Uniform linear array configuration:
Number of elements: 24
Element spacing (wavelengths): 0.5
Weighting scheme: hamming
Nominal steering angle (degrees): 60
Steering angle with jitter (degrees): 59.491
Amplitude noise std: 0.05
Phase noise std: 0.05

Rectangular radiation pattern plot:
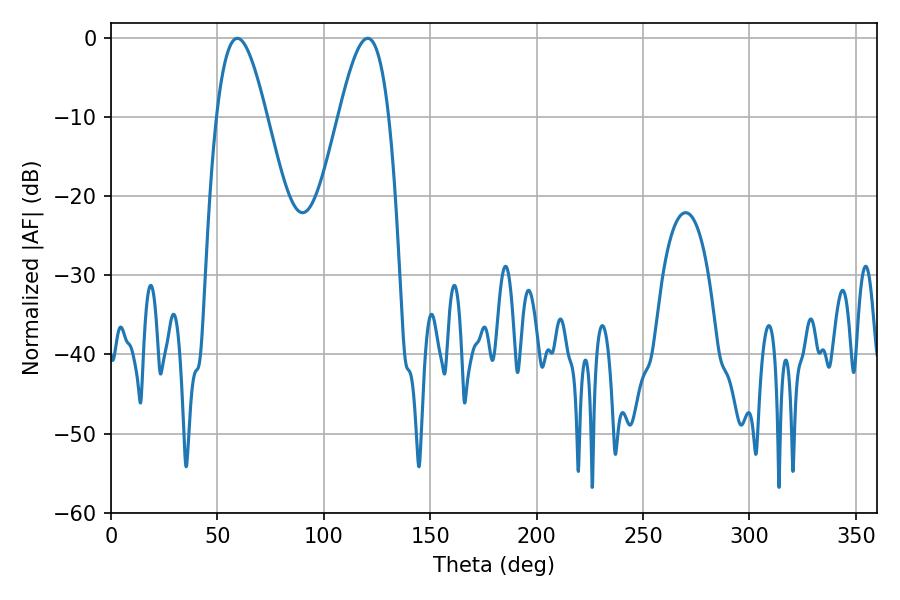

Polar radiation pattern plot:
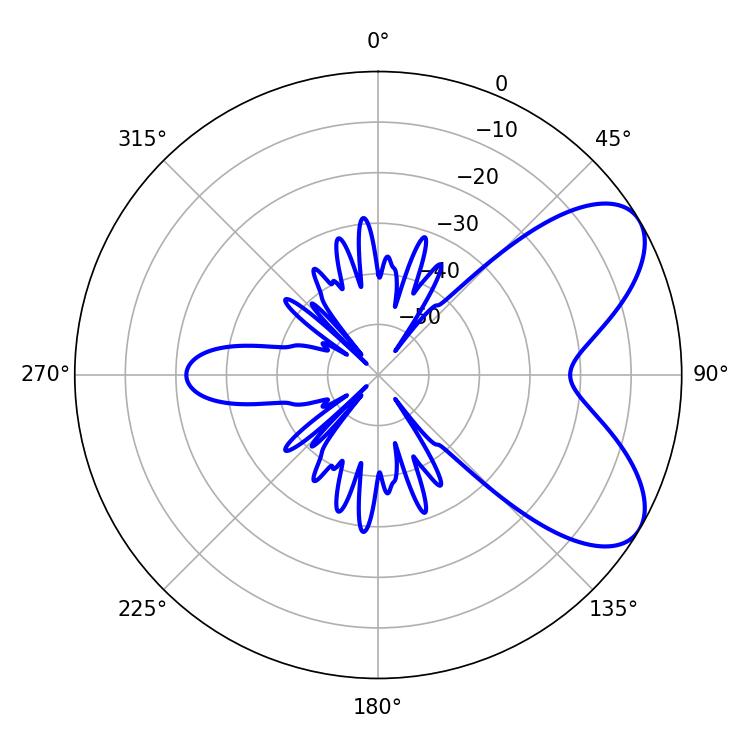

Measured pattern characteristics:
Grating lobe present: FALSE
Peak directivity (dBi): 6.757
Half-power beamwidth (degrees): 12.78
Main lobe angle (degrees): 59.4